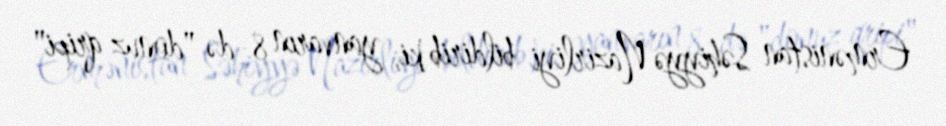
Ermənistan Səhiyyə Nazirliyi bildirib ki, yanvarın 8-də "donuz qripi"